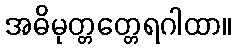
အဓိမုတ္တတ္တေရဂါထာ။